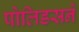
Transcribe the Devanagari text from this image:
पोलिडसने